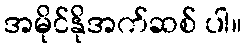
အမိုင်နိုအက်ဆစ် ပါ။